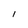
Character: 1